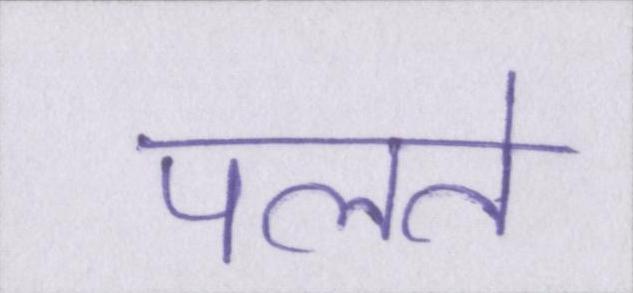
पलते